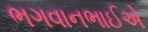
ભગવાનભાઈએ